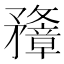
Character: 𥎟